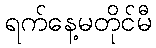
ရက်နေ့မတိုင်မီ